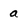
Character: a